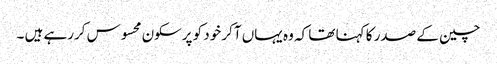
چین کے صدر کا کہنا تھا کہ وہ یہاں آکر خود کو پرسکون محسوس کررہے ہیں ۔